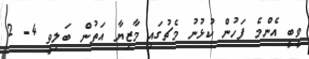
ވީބީ އެންމެ ފަހުން ކުޅުނު މެޗުގައި މާޒިޔާ އަތުން ބަލިވީ 4- 2